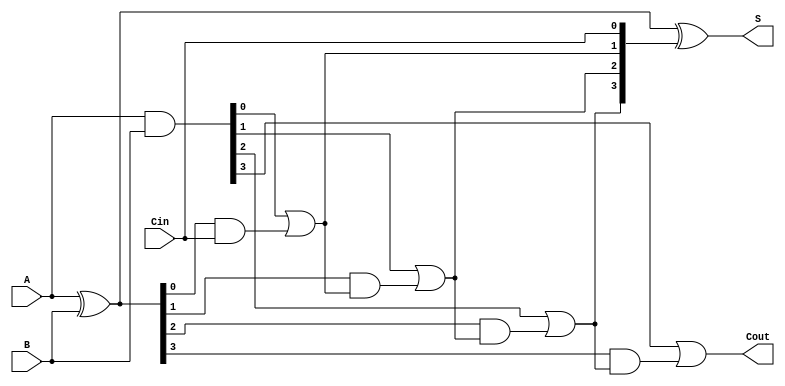
module CLA_4bit (
    input [3:0] A,        // 4-bit input A
    input [3:0] B,        // 4-bit input B
    input Cin,            // Carry input
    output [3:0] S,       // 4-bit sum output
    output Cout           // Carry output
);
    wire [3:0] G;        // Generate signals
    wire [3:0] P;        // Propagate signals
    wire [4:0] C;        // Carry signals

    // Generate and Propagate calculations
    assign G = A & B;         // Generate
    assign P = A ^ B;         // Propagate

    // Carry calculations
    assign C[0] = Cin;        // Initial carry-in
    assign C[1] = G[0] | (P[0] & C[0]); // Carry for bit 1
    assign C[2] = G[1] | (P[1] & C[1]); // Carry for bit 2
    assign C[3] = G[2] | (P[2] & C[2]); // Carry for bit 3
    assign C[4] = G[3] | (P[3] & C[3]); // Carry out

    // Sum calculations
    assign S = P ^ C[3:0];   // Sum output

    // Final carry out
    assign Cout = C[4];

endmodule